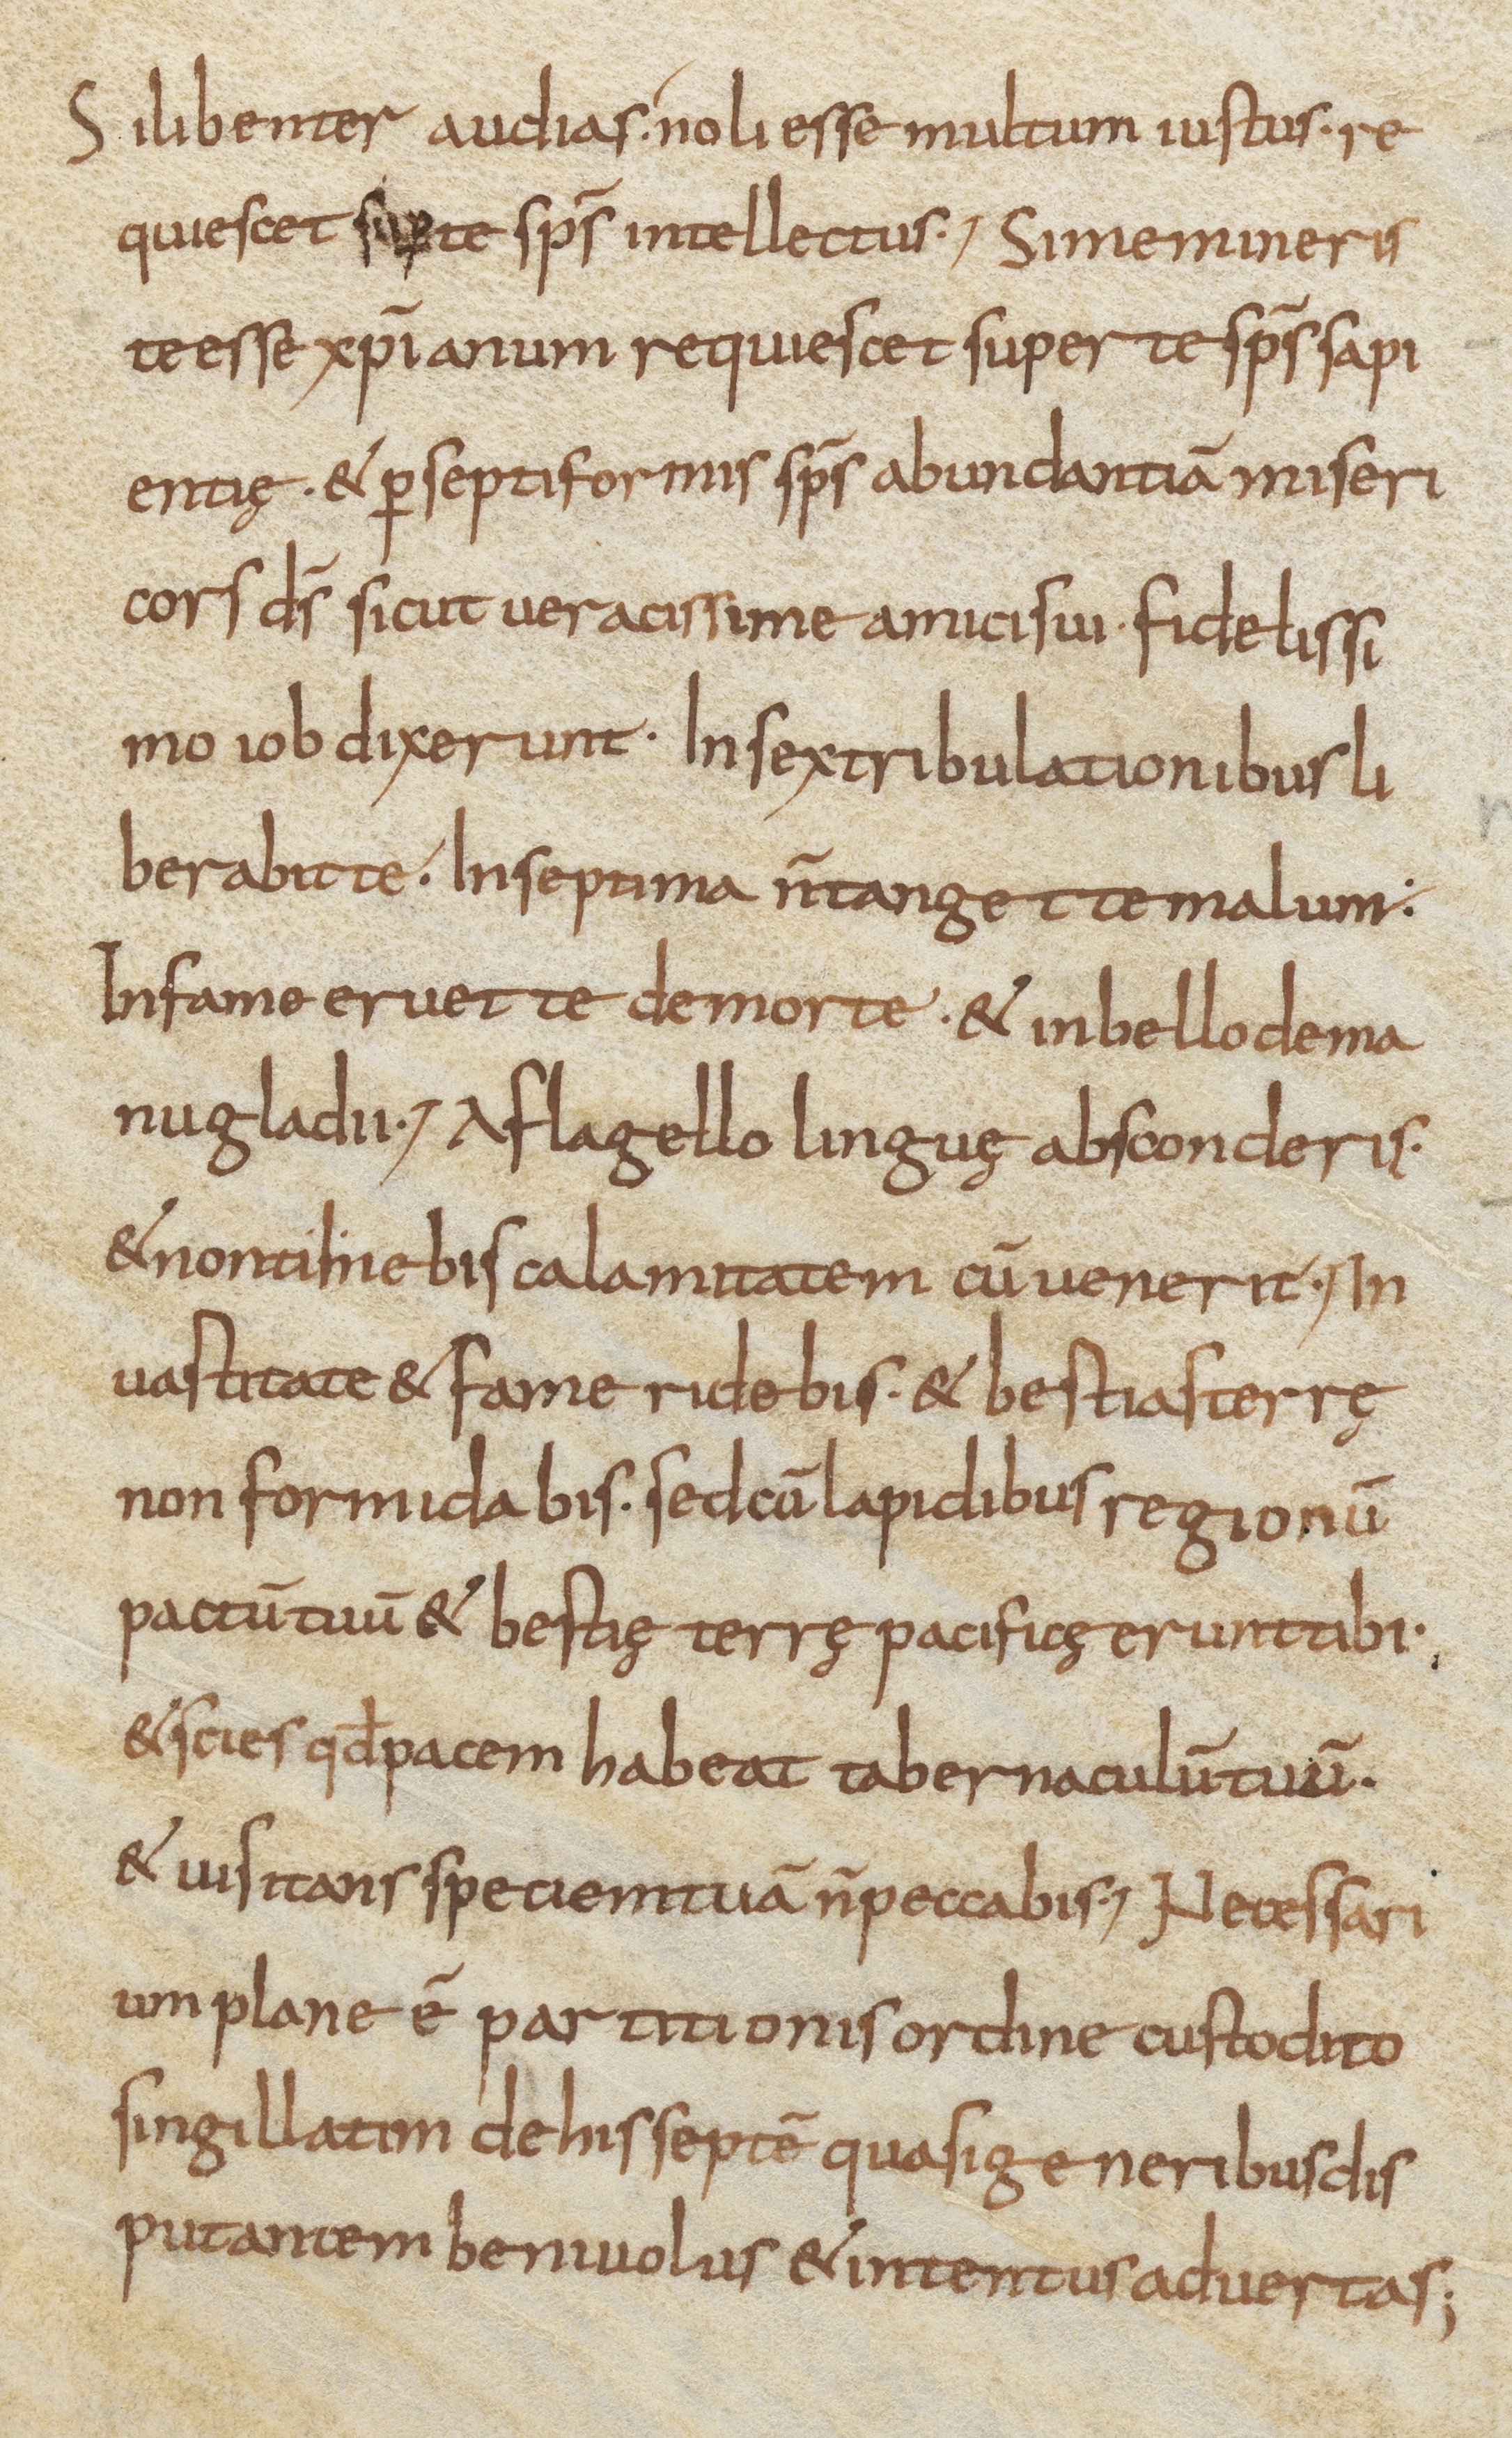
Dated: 800–899